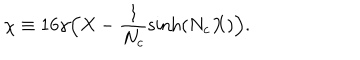
\chi \equiv 1 6 \gamma \Big ( X - { \frac { 1 } { N _ { c } } } \mathrm { s i n h } ( N _ { c } X ) \Big ) .